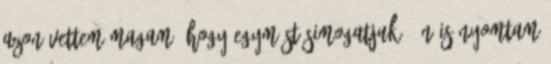
azon vettem magam, hogy egymást simogatjuk. Én is nyomtam